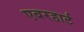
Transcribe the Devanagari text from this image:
एबरहार्ट